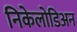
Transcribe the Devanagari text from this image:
निकेलोडिअन